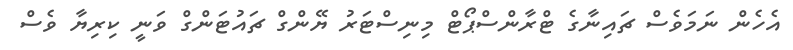
އެހެން ނަމަވެސް ޗައިނާގެ ޓްރާންސްޕޯޓް މިނިސްޓަރު ޔޭންގް ޗައުޓަންގް ވަނީ ކިރިޔާ ވެސް